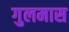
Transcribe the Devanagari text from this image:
गुलमास